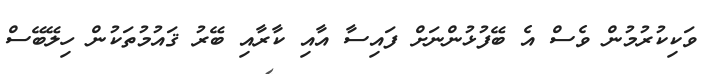
ވަކިކުރުމުން ވެސް އެ ބޭފުޅުންނަށް ފައިސާ އާއި ކާރާއި ބޭރު ޤައުމުތަކުން ހިލޭބޭސް